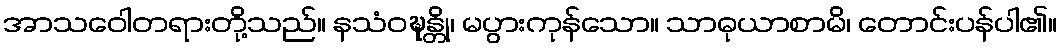
အာသဝေါတရားတို့သည်။ နသံဝဍ္ဎန္တို၊ မပွားကုန်သော။ သာဓုယာစာမိ၊ တောင်းပန်ပါ၏။